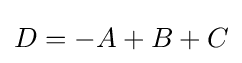
D=-A+B+C